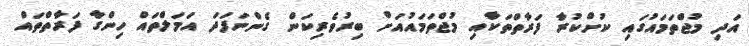
އަދި މުޖްތަމައުގައި ކުށްކުރާ ފަރާތްތަކާއި މުޖްތަމައުއަށް ބިރުވެރިކަން ގެންނަފަދަ އަމަލްތައް ހިންގާ ފަރާތްތައް